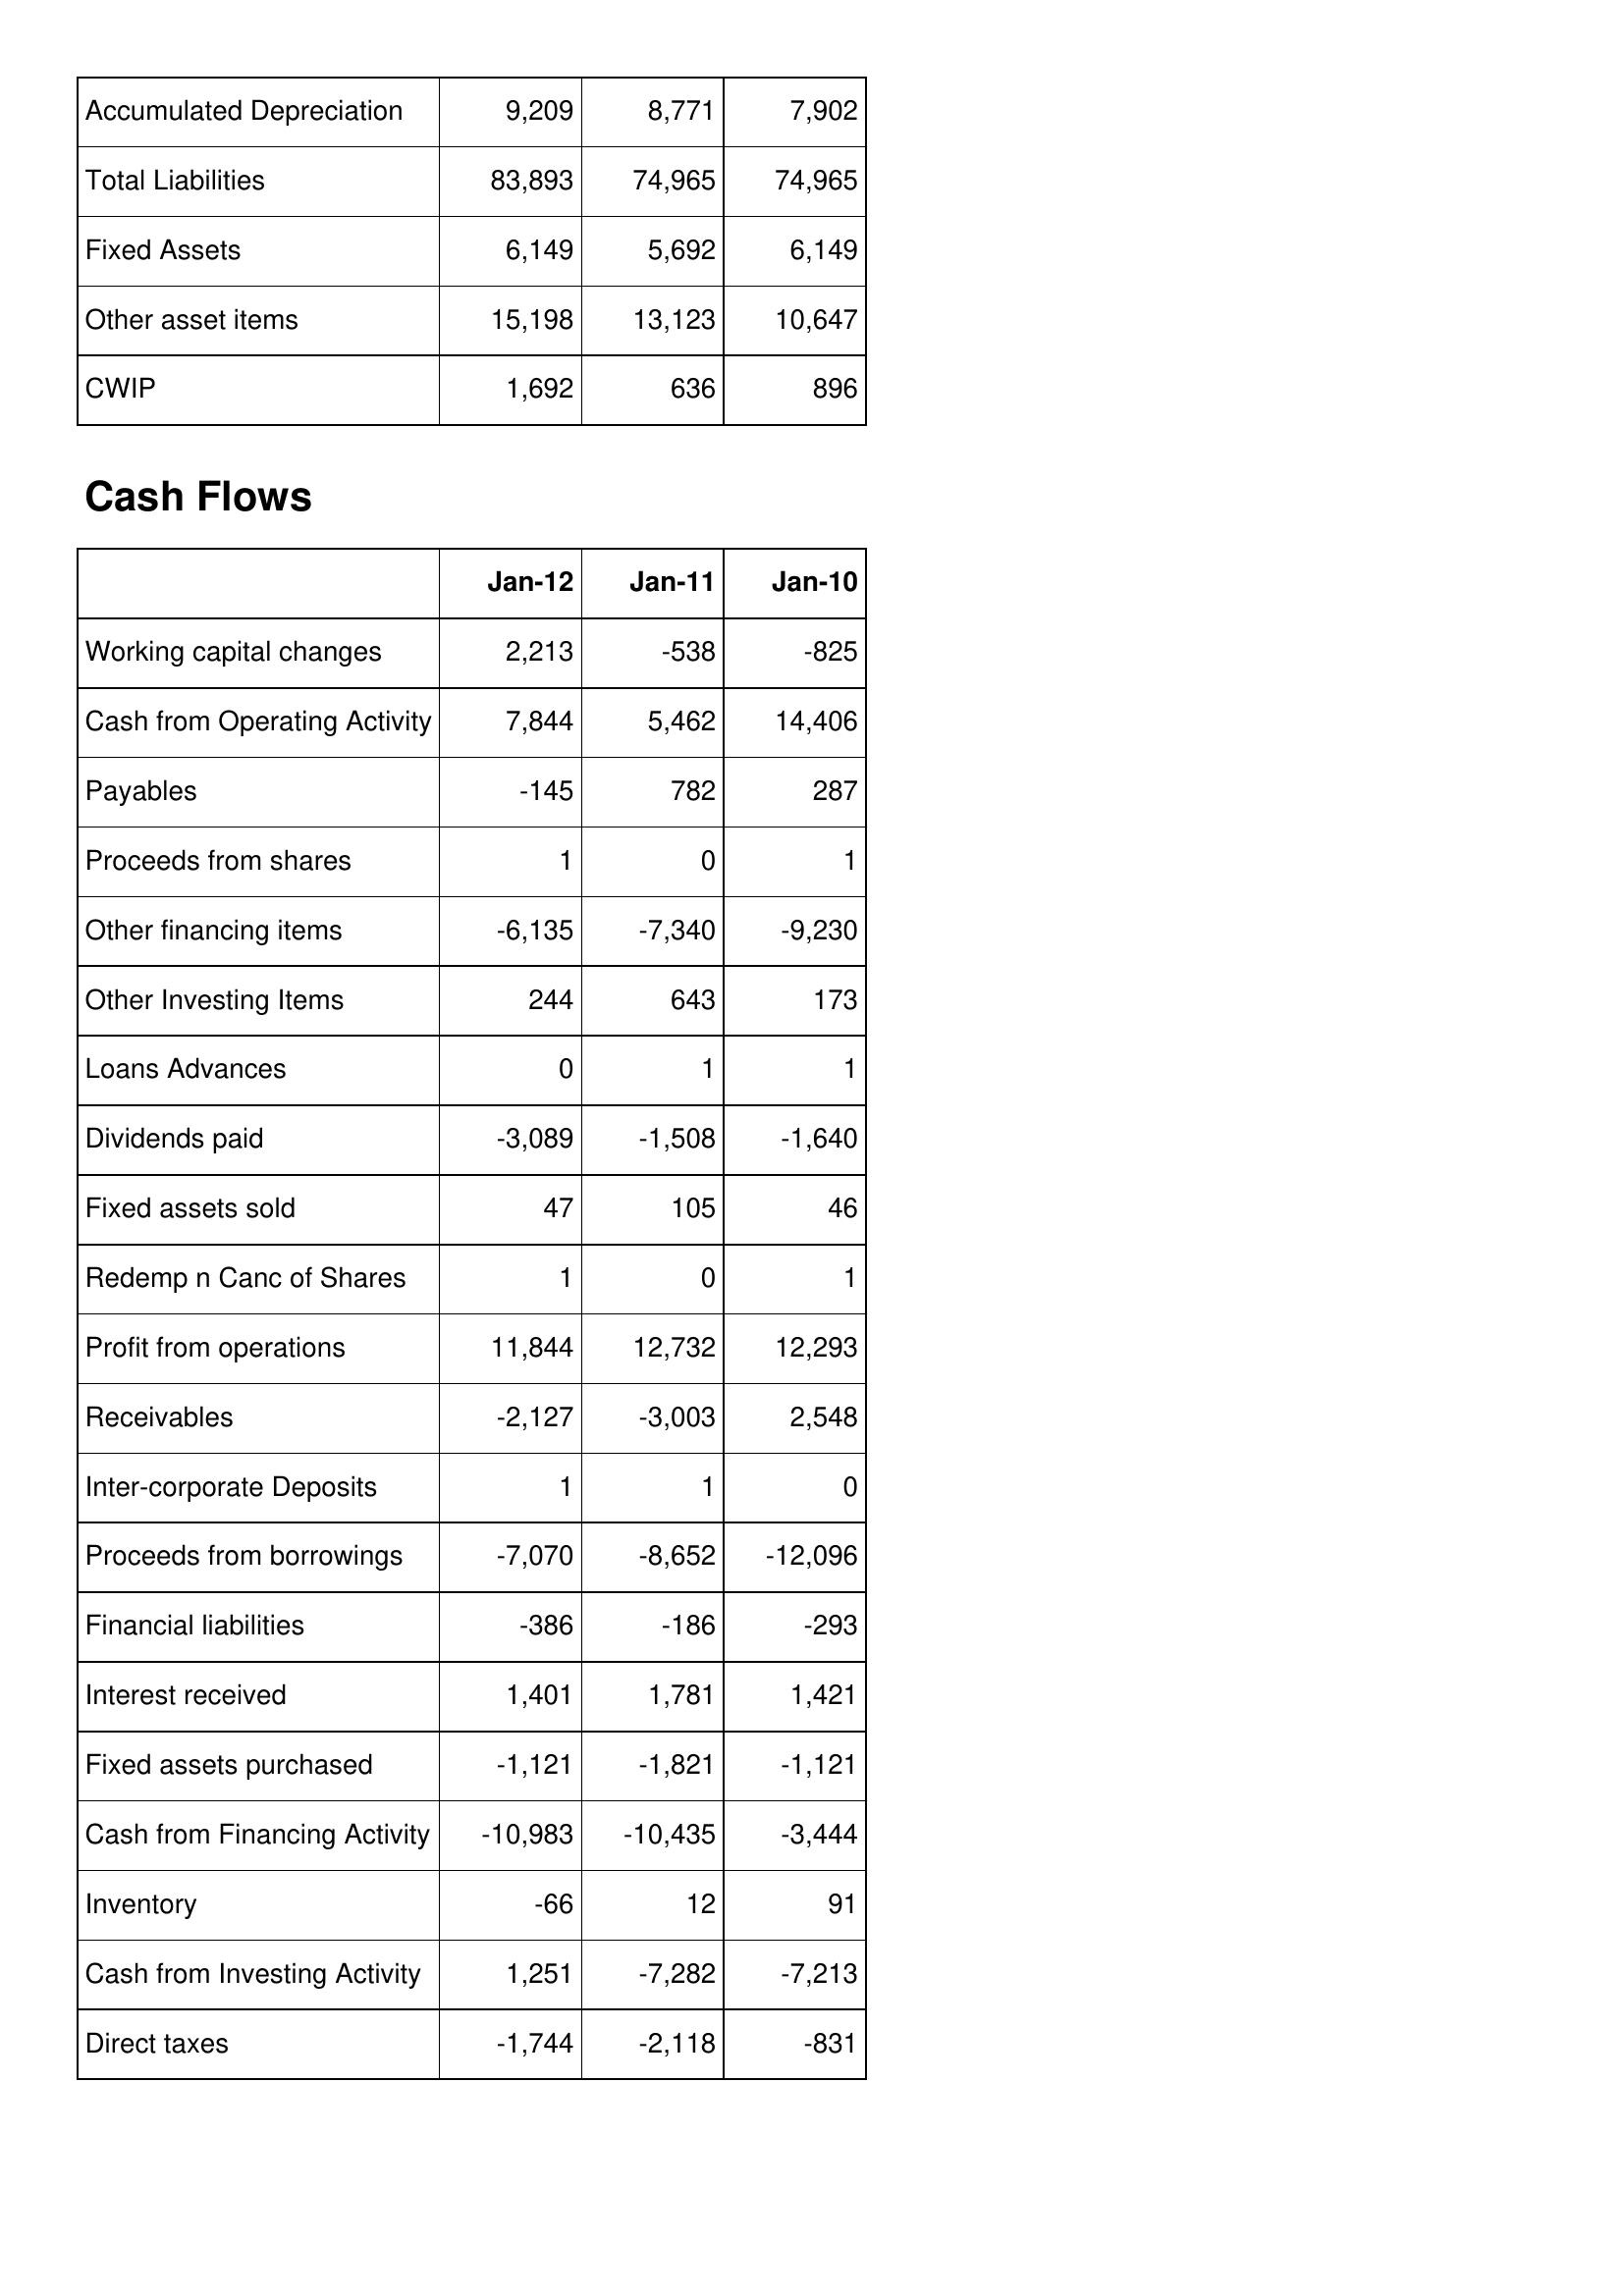
Jan-12: Balance Sheet: Accumulated Depreciation: 9,209
Total Liabilities: 83,893
Fixed Assets: 6,149
Other asset items: 15,198
CWIP: 1,692
Cash Flows: Working capital changes: 2,213
Cash from Operating Activity: 7,844
Payables: -145
Proceeds from shares: 1
Other financing items: -6,135
Other Investing Items: 244
Loans Advances: 0
Dividends paid: -3,089
Fixed assets sold: 47
Redemp n Canc of Shares: 1
Profit from operations: 11,844
Receivables: -2,127
Inter-corporate Deposits: 1
Proceeds from borrowings: -7,070
Financial liabilities: -386
Interest received: 1,401
Fixed assets purchased: -1,121
Cash from Financing Activity: -10,983
Inventory: -66
Cash from Investing Activity: 1,251
Direct taxes: -1,744
Jan-11: Balance Sheet: Accumulated Depreciation: 8,771
Total Liabilities: 74,965
Fixed Assets: 5,692
Other asset items: 13,123
CWIP: 636
Cash Flows: Working capital changes: -538
Cash from Operating Activity: 5,462
Payables: 782
Proceeds from shares: 0
Other financing items: -7,340
Other Investing Items: 643
Loans Advances: 1
Dividends paid: -1,508
Fixed assets sold: 105
Redemp n Canc of Shares: 0
Profit from operations: 12,732
Receivables: -3,003
Inter-corporate Deposits: 1
Proceeds from borrowings: -8,652
Financial liabilities: -186
Interest received: 1,781
Fixed assets purchased: -1,821
Cash from Financing Activity: -10,435
Inventory: 12
Cash from Investing Activity: -7,282
Direct taxes: -2,118
Jan-10: Balance Sheet: Accumulated Depreciation: 7,902
Total Liabilities: 74,965
Fixed Assets: 6,149
Other asset items: 10,647
CWIP: 896
Cash Flows: Working capital changes: -825
Cash from Operating Activity: 14,406
Payables: 287
Proceeds from shares: 1
Other financing items: -9,230
Other Investing Items: 173
Loans Advances: 1
Dividends paid: -1,640
Fixed assets sold: 46
Redemp n Canc of Shares: 1
Profit from operations: 12,293
Receivables: 2,548
Inter-corporate Deposits: 0
Proceeds from borrowings: -12,096
Financial liabilities: -293
Interest received: 1,421
Fixed assets purchased: -1,121
Cash from Financing Activity: -3,444
Inventory: 91
Cash from Investing Activity: -7,213
Direct taxes: -831